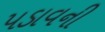
પડાવની